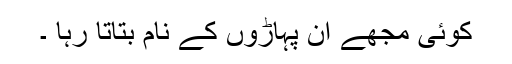
کوئی مجھے ان پہاڑوں کے نام بتاتا رہا ۔